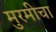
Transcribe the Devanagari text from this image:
मुरमीचा